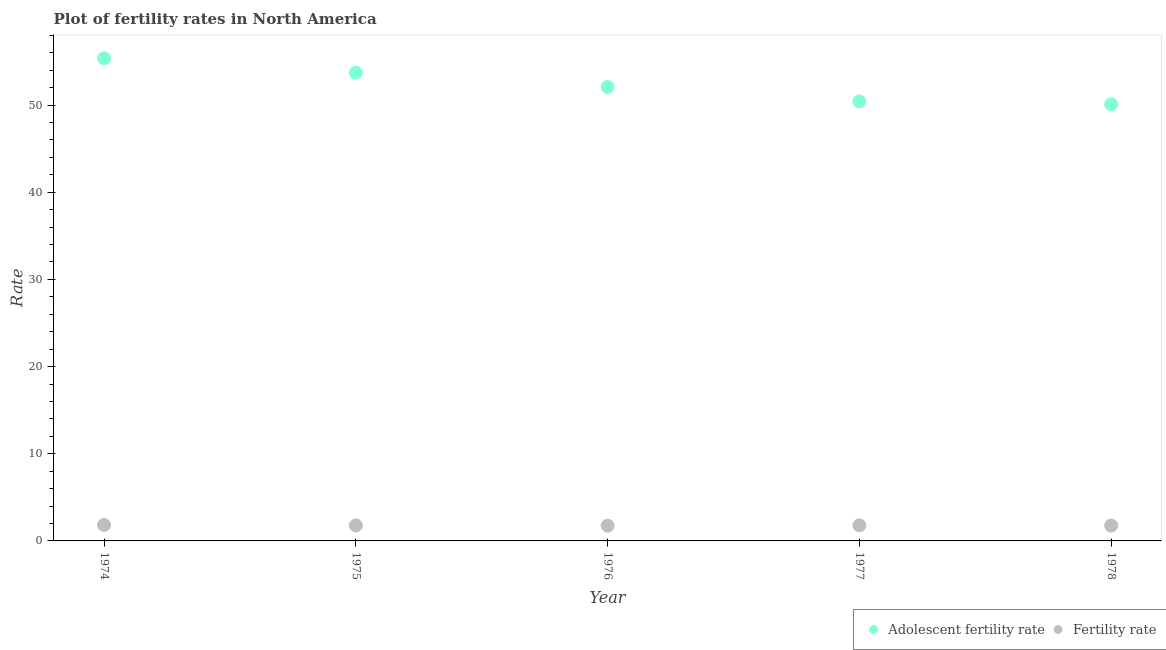
| Year | Adolescent fertility rate | Fertility rate |
 | --- | --- | --- |
 | 1974 | 55.4 | 1.84 |
 | 1975 | 53.7 | 1.78 |
 | 1976 | 52.1 | 1.74 |
 | 1977 | 50.4 | 1.79 |
 | 1978 | 50.1 | 1.76 |